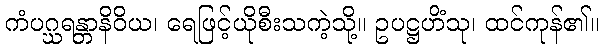
ကံပဂ္ဃရန္တာနိဝိယ၊ ရေဖြင့်ယိုစီးသကဲ့သို့။ ဥပဋ္ဌဟိံသု၊ ထင်ကုန်၏။